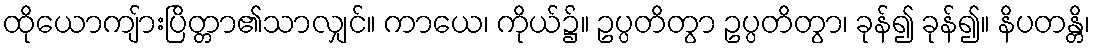
ထိုယောကျ်ားပြိတ္တာ၏သာလျှင်။ ကာယေ၊ ကိုယ်၌။ ဥပ္ပတိတွာ ဥပ္ပတိတွာ၊ ခုန်၍ ခုန်၍။ နိပတန္တိ၊